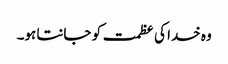
وہ خدا کی عظمت کو جانتا ہو۔